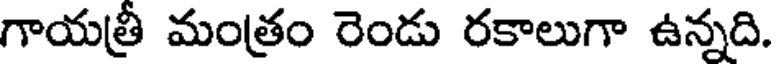
గాయత్రీ మంత్రం రెండు రకాలుగా ఉన్నది.